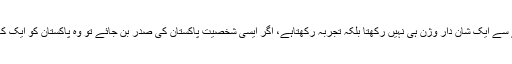
ایک ایسا صدر جو بھارت، چین، ایران، مشرقِ وسطیٰ، یورپ اور امریکہ کے حوالے سے ایک شان دار وژن ہی نہیں رکھتا بلکہ تجربہ رکھتاہے، اگر ایسی شخصیت پاکستان کی صدر بن جائے تو وہ پاکستان کو ایک کامیاب ریاست میں بدلنے، نئی حکومت، پاکستان اور اس کے عوام کا ایک وسیلہ ہوگا۔